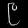
Digit: ၉